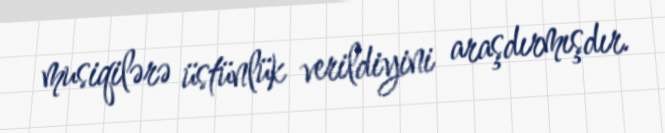
musiqilərə üstünlük verildiyini araşdırmışdır.